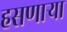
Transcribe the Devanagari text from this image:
हसणाऱ्या